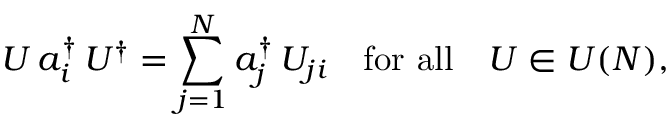
U \, a _ { i } ^ { \dagger } \, U ^ { \dagger } = \sum _ { j = 1 } ^ { N } a _ { j } ^ { \dagger } \, U _ { j i } \quad { \mathrm { f o r ~ a l l } } \quad U \in U ( N ) ,